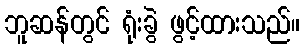
ဘူဆန်တွင် ရုံးခွဲ ဖွင့်ထားသည်။